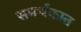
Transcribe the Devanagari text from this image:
समर्थकात